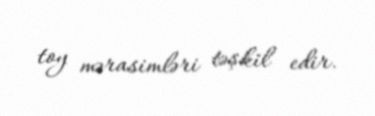
toy mərasimləri təşkil edir.